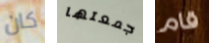
كان جمعتها قام